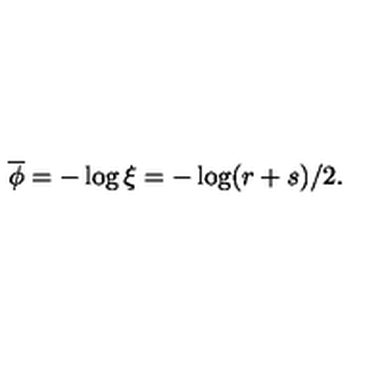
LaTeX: \overline { { \phi } } = - \log \xi = - \log ( r + s ) / 2 .